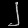
Digit: ၂